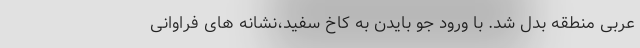
عربی منطقه بدل شد. با ورود جو بایدن به کاخ سفید،نشانه های فراوانی